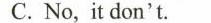
C.No，it don't。